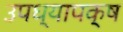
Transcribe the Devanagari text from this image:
उपध्यापक्ष